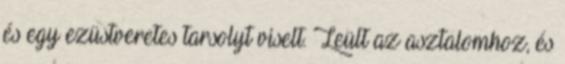
és egy ezüstveretes tarsolyt viselt. Leült az asztalomhoz, és